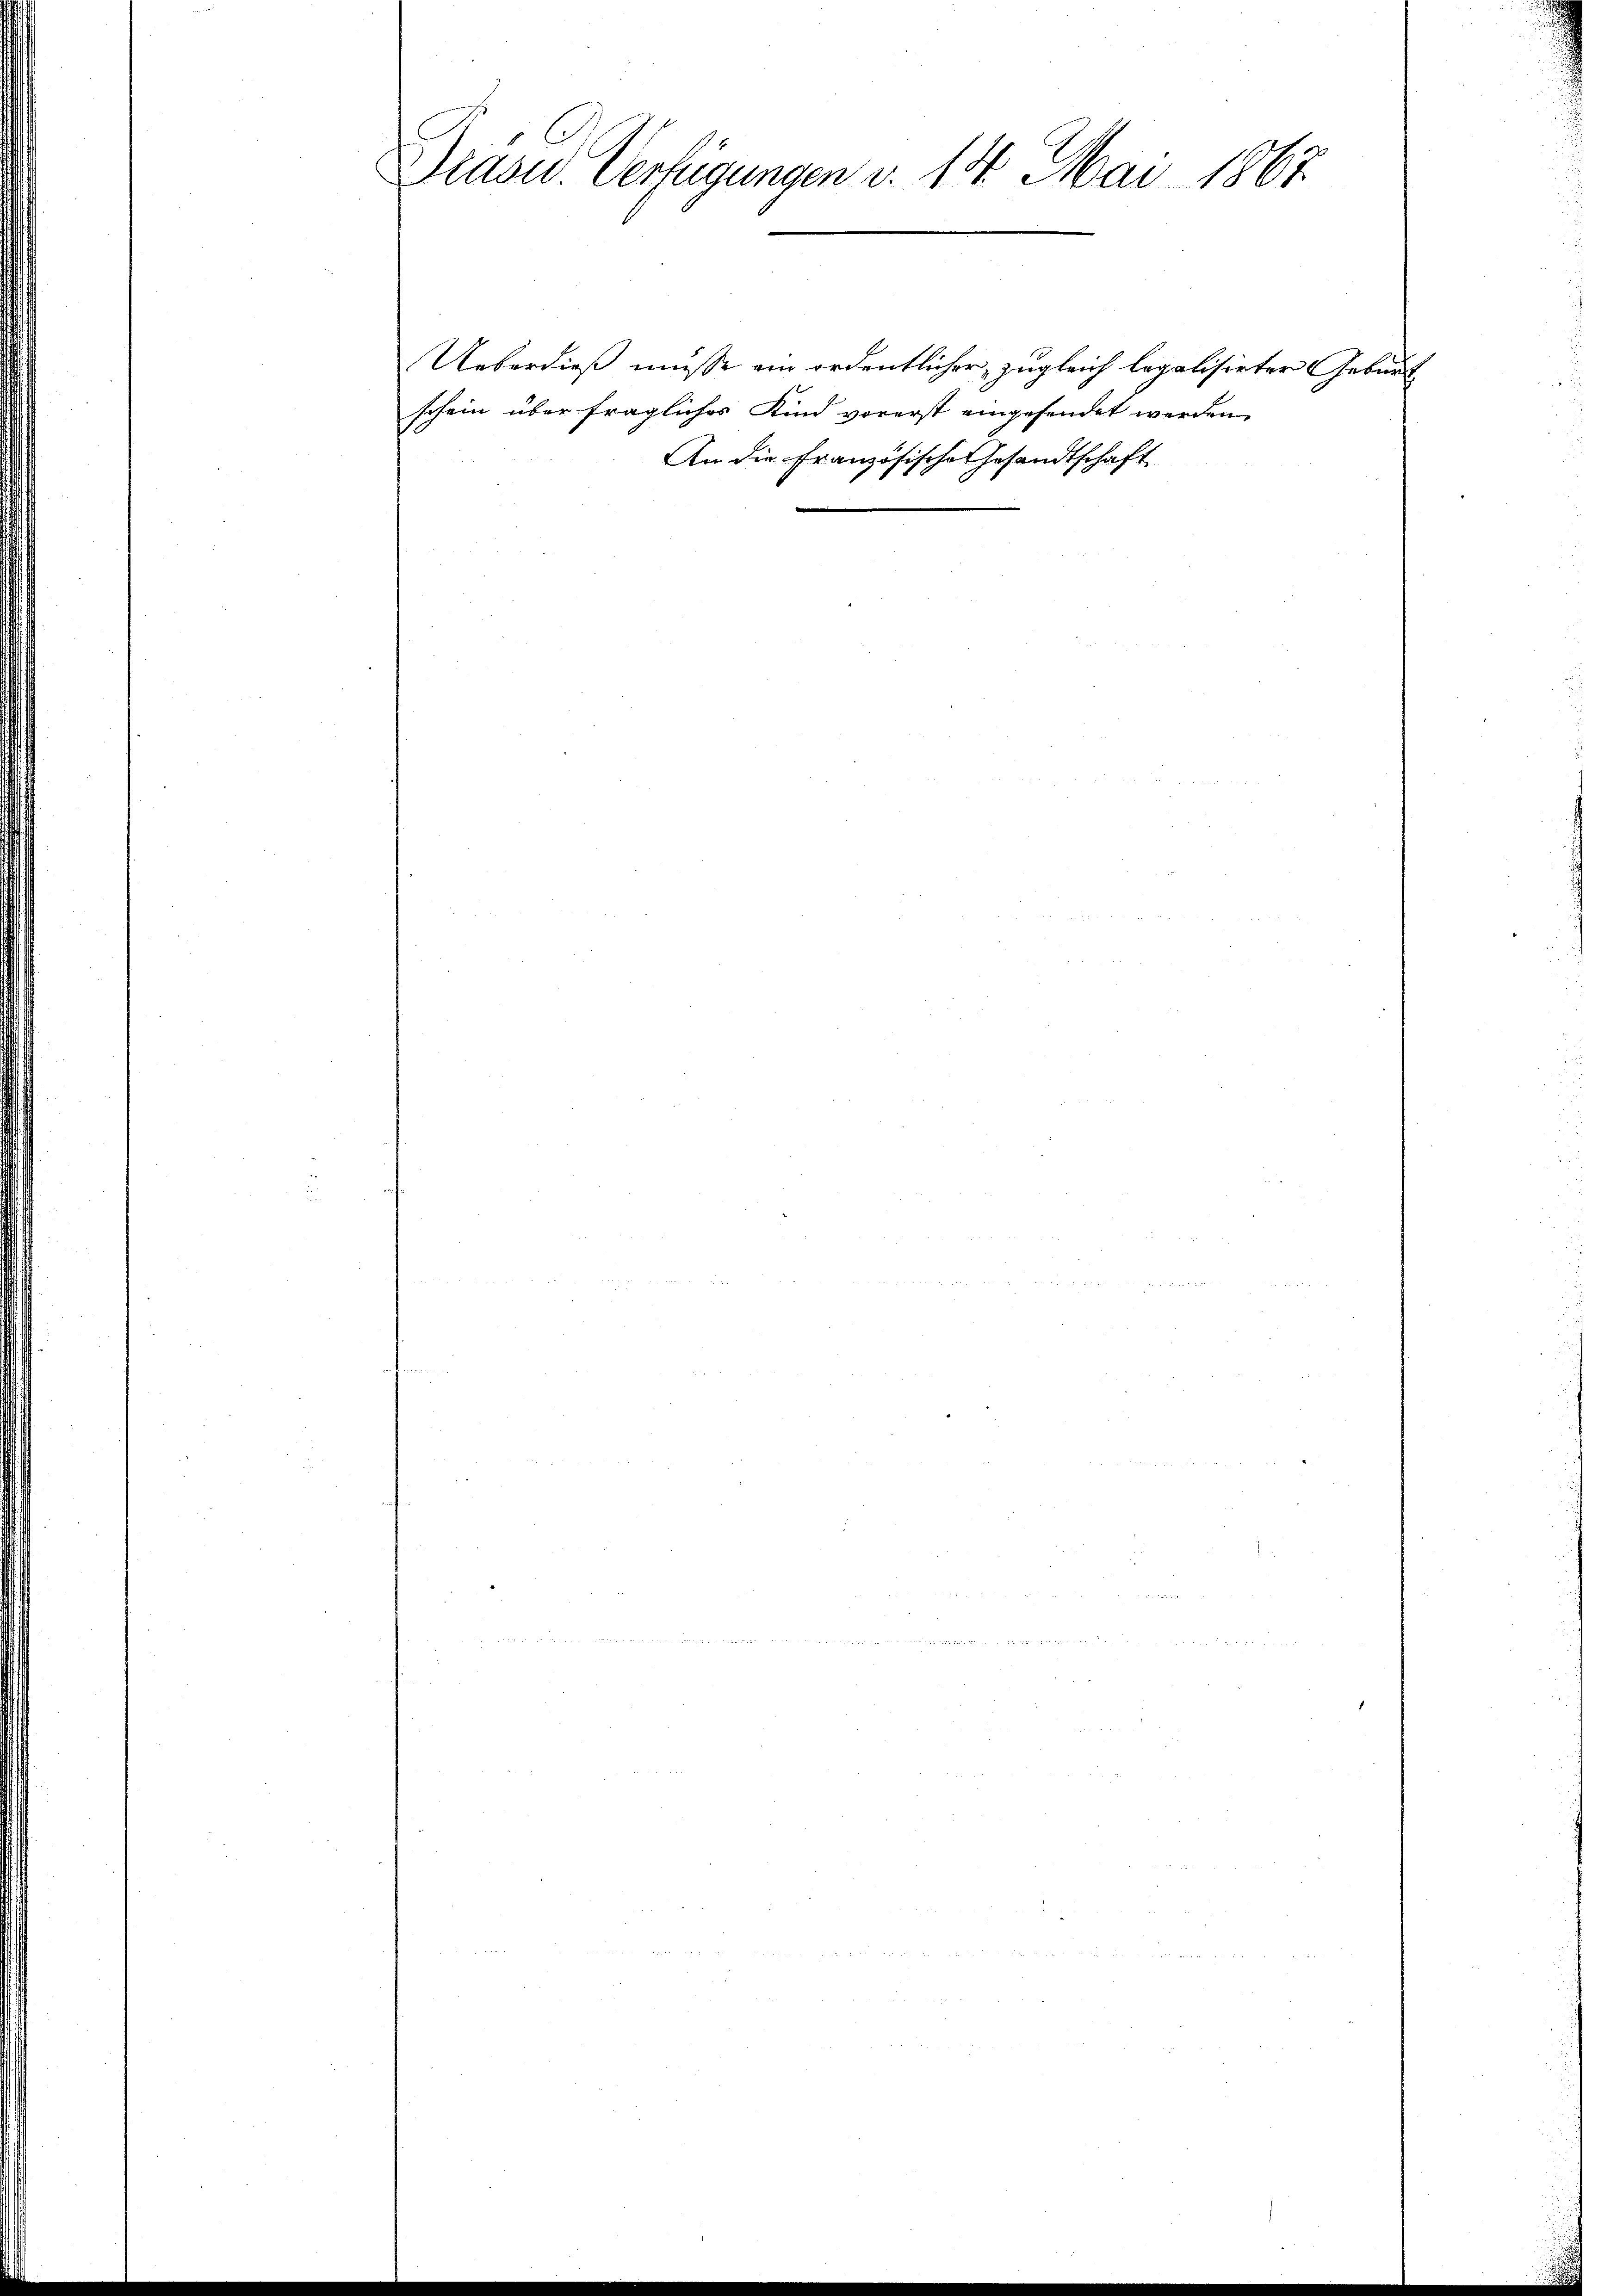
Präsid. Verfügungen v. 14. Mai 1867.

An die Französische Gesandtschaft

Ueberdieß müsse ein ordentlicher, zugleich legalisirter Geburt
schein über fragliches Kind vorerst eingesendet werden